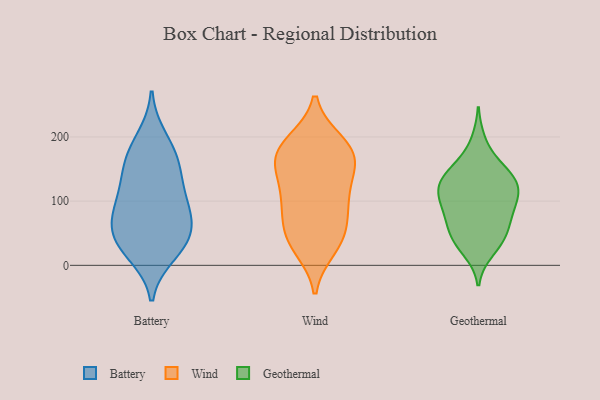
{"axis": {"x": "Website Visitors", "y": "Value"}, "legend": ["Battery", "Geothermal", "Wind"], "data": [{"x": "", "y": 198, "type": "Battery"}, {"x": "", "y": 61, "type": "Battery"}, {"x": "", "y": 117, "type": "Battery"}, {"x": "", "y": 172, "type": "Battery"}, {"x": "", "y": 75, "type": "Battery"}, {"x": "", "y": 34, "type": "Battery"}, {"x": "", "y": 119, "type": "Battery"}, {"x": "", "y": 87, "type": "Battery"}, {"x": "", "y": 78, "type": "Battery"}, {"x": "", "y": 31, "type": "Battery"}, {"x": "", "y": 18, "type": "Battery"}, {"x": "", "y": 164, "type": "Battery"}, {"x": "", "y": 150, "type": "Battery"}, {"x": "", "y": 41, "type": "Battery"}, {"x": "", "y": 38, "type": "Wind"}, {"x": "", "y": 161, "type": "Wind"}, {"x": "", "y": 76, "type": "Wind"}, {"x": "", "y": 108, "type": "Wind"}, {"x": "", "y": 192, "type": "Wind"}, {"x": "", "y": 191, "type": "Wind"}, {"x": "", "y": 171, "type": "Wind"}, {"x": "", "y": 153, "type": "Wind"}, {"x": "", "y": 163, "type": "Wind"}, {"x": "", "y": 181, "type": "Wind"}, {"x": "", "y": 96, "type": "Wind"}, {"x": "", "y": 41, "type": "Wind"}, {"x": "", "y": 130, "type": "Wind"}, {"x": "", "y": 27, "type": "Wind"}, {"x": "", "y": 97, "type": "Wind"}, {"x": "", "y": 50, "type": "Wind"}, {"x": "", "y": 131, "type": "Geothermal"}, {"x": "", "y": 125, "type": "Geothermal"}, {"x": "", "y": 143, "type": "Geothermal"}, {"x": "", "y": 92, "type": "Geothermal"}, {"x": "", "y": 99, "type": "Geothermal"}, {"x": "", "y": 98, "type": "Geothermal"}, {"x": "", "y": 192, "type": "Geothermal"}, {"x": "", "y": 67, "type": "Geothermal"}, {"x": "", "y": 124, "type": "Geothermal"}, {"x": "", "y": 152, "type": "Geothermal"}, {"x": "", "y": 113, "type": "Geothermal"}, {"x": "", "y": 38, "type": "Geothermal"}, {"x": "", "y": 74, "type": "Geothermal"}, {"x": "", "y": 23, "type": "Geothermal"}, {"x": "", "y": 151, "type": "Geothermal"}, {"x": "", "y": 119, "type": "Geothermal"}, {"x": "", "y": 38, "type": "Geothermal"}, {"x": "", "y": 65, "type": "Geothermal"}, {"x": "", "y": 44, "type": "Geothermal"}]}